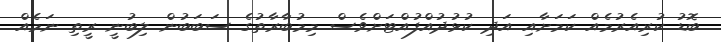
ބޮޑު ކުރިއެރުމެއް ކަމަށާއި އަދި ކުޅުދުއްފުއްޓަށްވެސް މިމުބާރާތުގެ ސަބަބުން ލިބުނީ ރީތި ނަމެއް